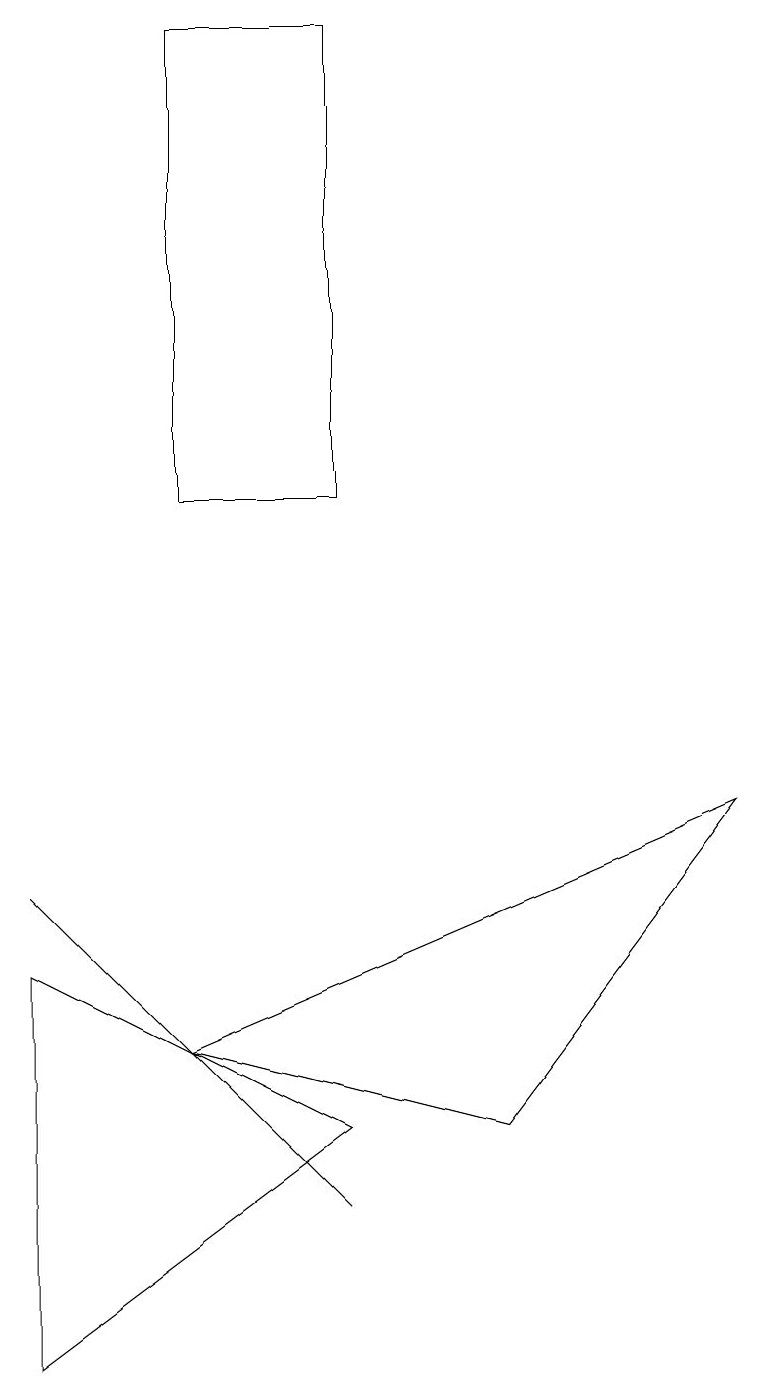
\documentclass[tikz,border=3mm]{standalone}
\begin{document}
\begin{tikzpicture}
\draw (0,7) -- (4,5) -- (0,2) -- cycle;
\draw (3,5) -- (4,4) -- (0,8) -- cycle;
\draw (4,19) rectangle (2,13);
\draw (6,5) -- (9,9) -- (2,6) -- cycle;
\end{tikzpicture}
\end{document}